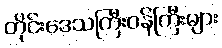
တိုင်းဒေသကြီးဝန်ကြီးများ